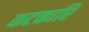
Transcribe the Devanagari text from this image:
कटकारि